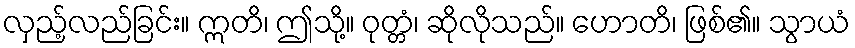
လှည့်လည်ခြင်း။ ဣတိ၊ ဤသို့။ ဝုတ္တံ၊ ဆိုလိုသည်။ ဟောတိ၊ ဖြစ်၏။ သွာယံ